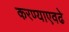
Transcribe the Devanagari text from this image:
करण्याएवढे